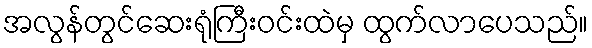
အလွန်တွင်ဆေးရုံကြီးဝင်းထဲမှ ထွက်လာပေသည်။